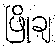
ဖြိုချ